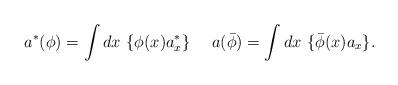
LaTeX: \begin{align*}a^\ast(\phi) = \int d x\ \{\phi(x) a^\ast_x\} \ \ \ \ a(\bar\phi) = \int d x\ \{\bar\phi(x) a_x\}.\end{align*}